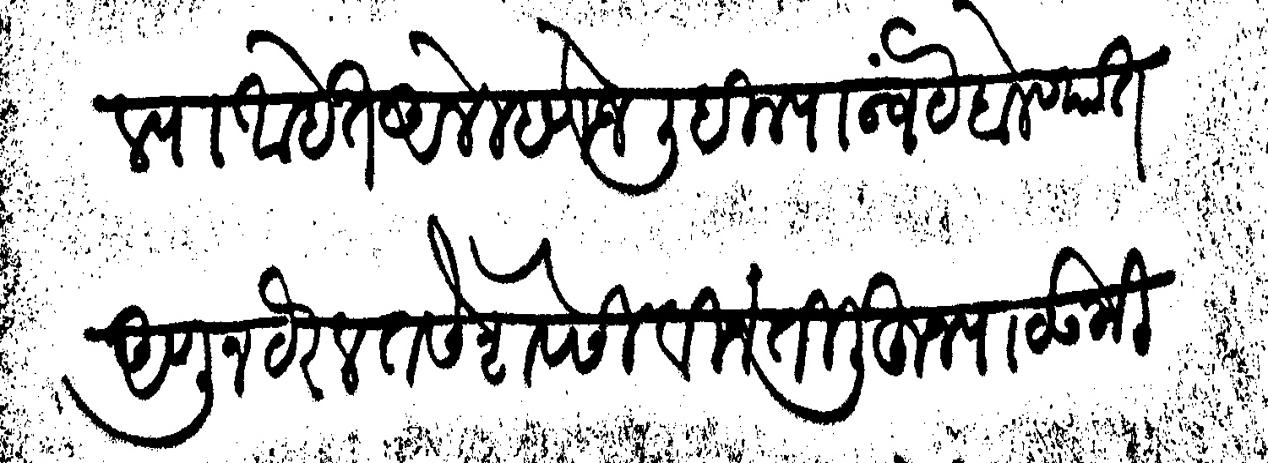
Transliteration (Devanagari): पाठविल्या आहेत आले म्हणजे लिहिल्याअन्वयें बोलण्यात आणून ठरेल तसे शेवेसी विनंती लिहून पाठऊ मिति